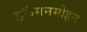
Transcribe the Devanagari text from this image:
डॉ॰मनमोहन